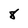
Character: 8